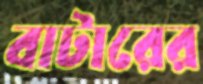
বাটারের